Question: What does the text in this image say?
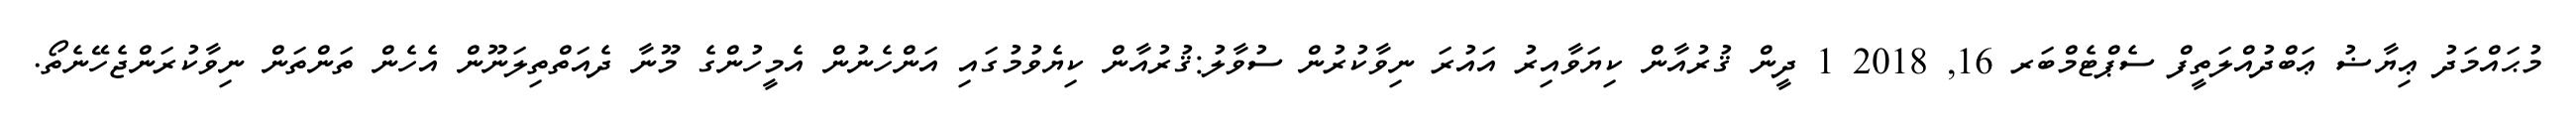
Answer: މުޙައްމަދު ޢިޔާޟު ޢަބްދުއްލަތީފް ސެޕްޓެމްބަރ 16, 2018 1 ދީން ޤުރުއާން ކިޔަވާއިރު އައުރަ ނިވާކުރުން ސުވާލު:ޤުރުއާން ކިޔެވުމުގައި އަންހެނުން އެމީހުންގެ މޫނާ ދެއަތްތިލަނޫން އެހެން ތަންތަން ނިވާކުރަންޖެހޭނެތޯ.